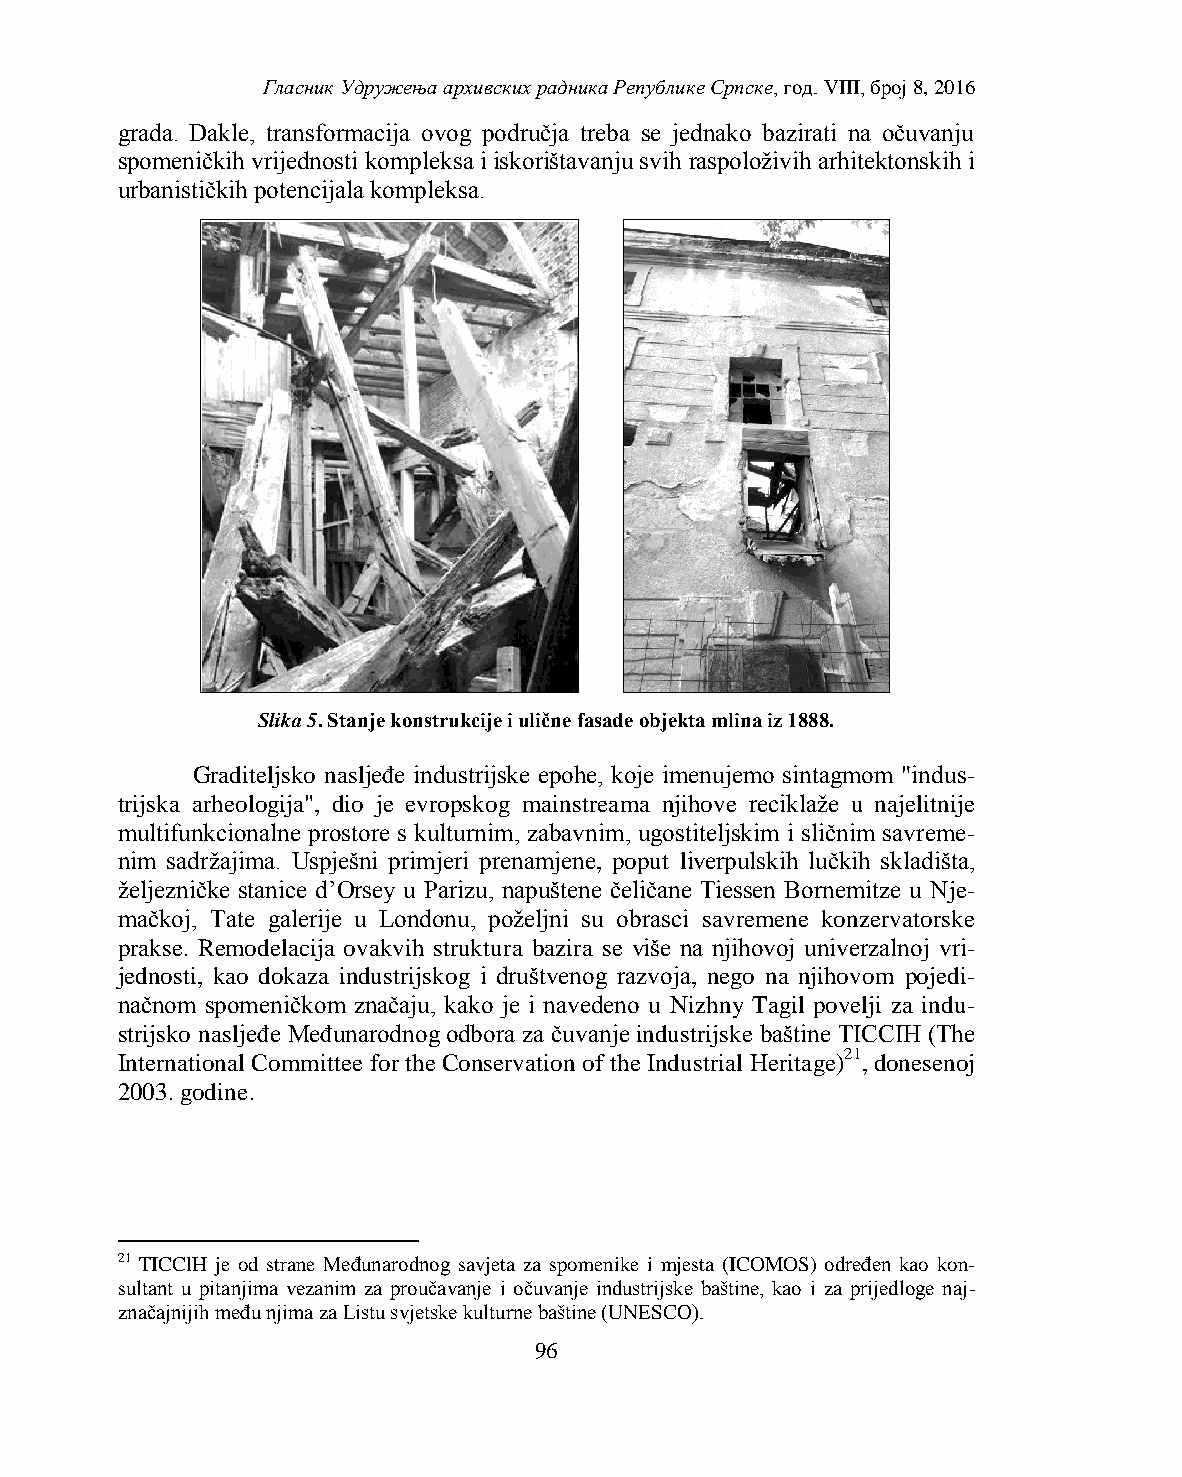
Гласник Удружења архивских радника Републике Српске, год. VIII, број 8, 2016
 grada. Dakle, transformacija ovog područja treba se jednako bazirati na očuvanju
 spomeničkih vrijednosti kompleksa i iskorištavanju svih raspoloživih arhitektonskih i
 urbanističkih potencijala kompleksa.
 Slika 5. Stanje konstrukcije i ulične fasade objekta mlina iz 1888.
 Graditeljsko nasljeđe industrijske epohe, koje imenujemo sintagmom "indus-
 trijska arheologija", dio je evropskog mainstreama njihove reciklaže u najelitnije
 multifunkcionalne prostore s kulturnim, zabavnim, ugostiteljskim i sličnim savreme-
 nim sadržajima. Uspješni primjeri prenamjene, poput liverpulskih lučkih skladišta,
 željezničke stanice d’Orsey u Parizu, napuštene čeličane Tiessen Bornemitze u Nje-
 mačkoj, Tate galerije u Londonu, poželjni su obrasci savremene konzervatorske
 prakse. Remodelacija ovakvih struktura bazira se više na njihovoj univerzalnoj vri-
 jednosti, kao dokaza industrijskog i društvenog razvoja, nego na njihovom pojedi-
 načnom spomeničkom značaju, kako je i navedeno u Nizhny Tagil povelji za indu-
 strijsko nasljeđe Međunarodnog odbora za čuvanje industrijske baštine TICCIH (The
 International Committee for the Conservation of the Industrial Heritage)21, donesenoj
 2003. godine.
 21 TICClH je od strane Međunarodnog savjeta za spomenike i mjesta (ICOMOS) određen kao kon-
 sultant u pitanjima vezanim za proučavanje i očuvanje industrijske baštine, kao i za prijedloge naj-
 značajnijih među njima za Listu svjetske kulturne baštine (UNESCO).
 96